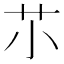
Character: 䒕